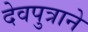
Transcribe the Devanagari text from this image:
देवपुत्राने